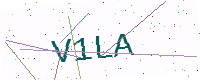
Text: V1LA